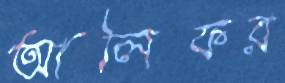
আলিফর